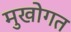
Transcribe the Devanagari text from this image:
मुखोगत